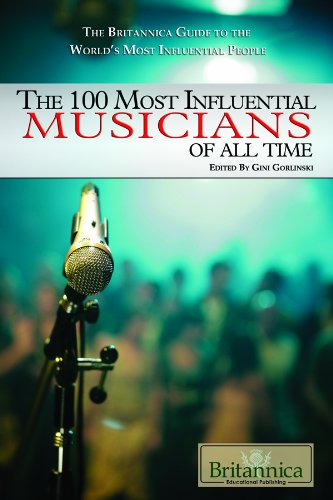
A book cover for The 100 Most Influential Musicians of All Time (The Britannica Guide to the World's Most Influential People); Teen & Young Adult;